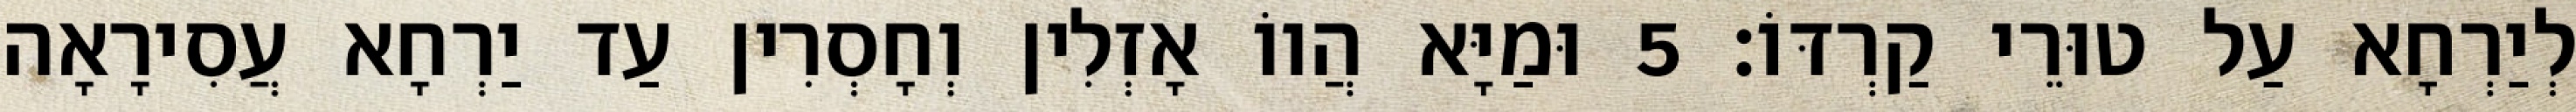
לְיַרְחָא עַל טוּרֵי קַרְדּוֹ׃ 5 וּמַיָּא הֲווֹ אָזְלִין וְחָסְרִין עַד יַרְחָא עֲסִירָאָה